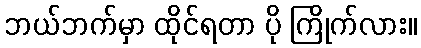
ဘယ်ဘက်မှာ ထိုင်ရတာ ပို ကြိုက်လား။